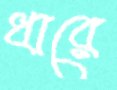
ধারে